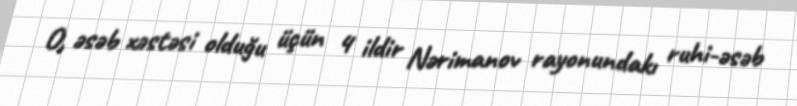
O, əsəb xəstəsi olduğu üçün 4 ildir Nərimanov rayonundakı ruhi-əsəb